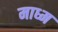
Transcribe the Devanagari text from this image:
माध्म